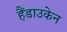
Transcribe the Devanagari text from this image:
हैंडाउकेन